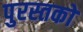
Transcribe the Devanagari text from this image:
पुरस्तकों